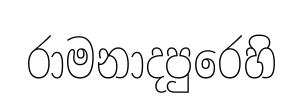
රාමනාදපුරෙහි